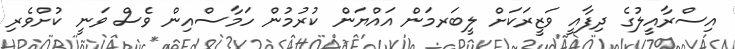
އިސްރާއީލުގެ ދިފާއީ ވަޒީރަކަށް ލީބަރމަން އައްޔަން ކުރުމުން ހަމާސްއިން ވެސް ވަނީ ކުށްވެރި